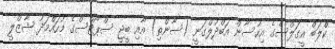
ކްލަބް އީގަލްސްގެ އިހުސާން އަބްދުލްގަނީ (ސާންތި) އާއި ބީޖީ ސްޕޯޓްސްގެ މުހައްމަދު ޝާޒްލީ